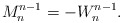
\begin{align*}M_{n}^{n-1}=-W_n^{n-1}.\end{align*}